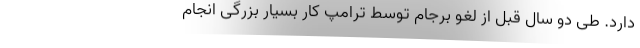
دارد. طی دو سال قبل از لغو برجام توسط ترامپ کار بسیار بزرگی انجام